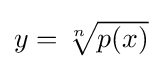
{\textstyle y={\sqrt[{n}]{p(x)}}}